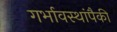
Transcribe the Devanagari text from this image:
गर्भावस्थांपैकी